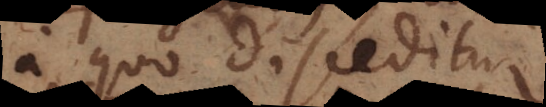
a quo disceditur,